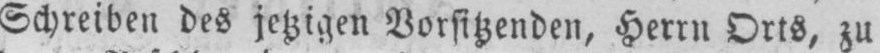
Schreiben des jetzigen Vorsitzenden, Herrn Orts, zu